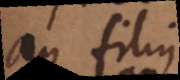
an filius